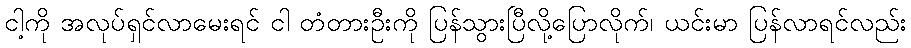
ငါ့ကို အလုပ်ရှင်လာမေးရင် ငါ တံတားဦးကို ပြန်သွားပြီလို့ပြောလိုက်၊ ယင်းမာ ပြန်လာရင်လည်း